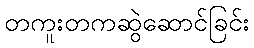
တကူးတကဆွဲဆောင်ခြင်း